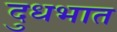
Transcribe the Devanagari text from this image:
दुधभात